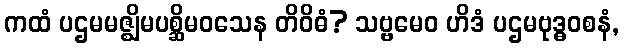
ကထံ ပဌမမဇ္ဈိမပစ္ဆိမဝသေန တိဝိဓံ? သဗ္ဗမေဝ ဟိဒံ ပဌမဗုဒ္ဓဝစနံ,